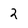
Character: 2